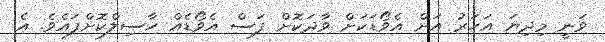
ވަނީ މިދިޔަ އަހަރު އަށް އެވޯޑަކަށް ވާދަކޮށް ފަސް އެވޯޑެއް ހާސިލްކޮށްފައެވެ. އެ